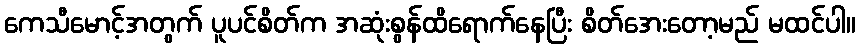
ကေသီမောင့်အတွက် ပူပင်စိတ်က အဆုံးစွန်ထိရောက်နေပြီး စိတ်အေးတော့မည် မထင်ပါ။